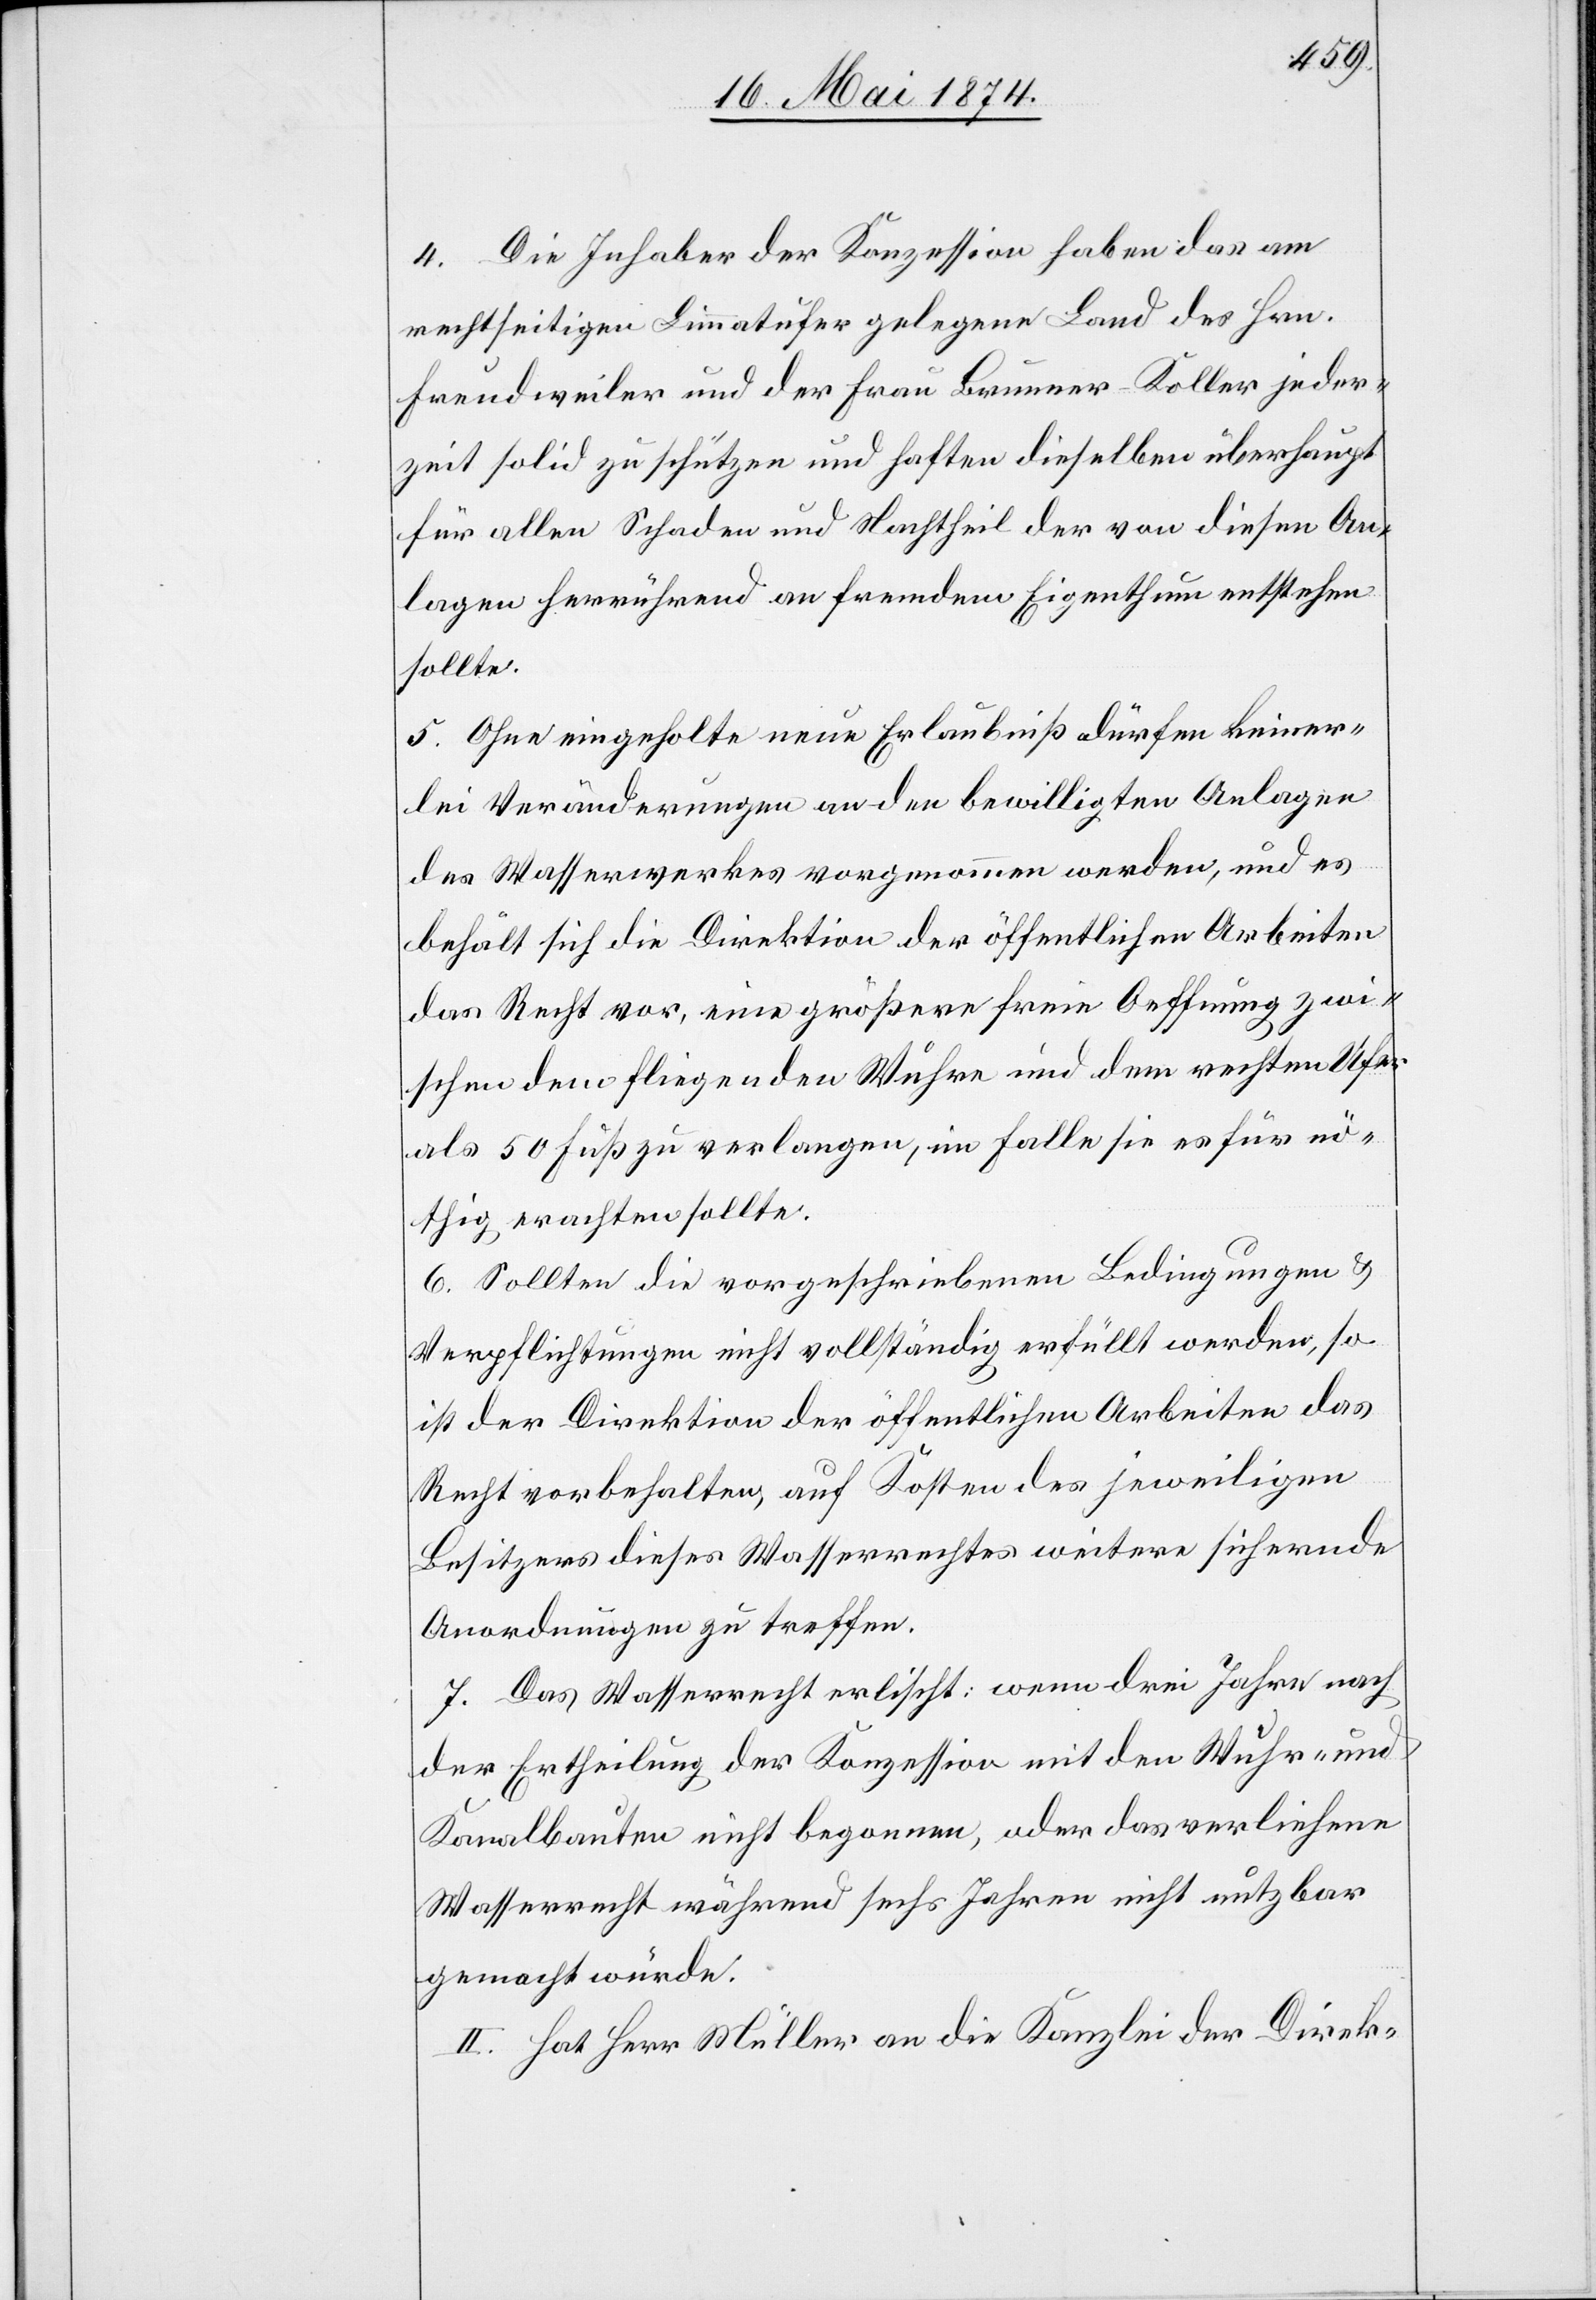
4. Die Inhaber der Konzession haben das am
rechtseitigen Limmatufer gelegene Land des Hrn.
Freudweiler und der Frau Brunner-Koller jeder¬
zeit solid zu schützen und haften dieselben überhaupt
für allen Schaden und Nachtheil der von diesen An¬
lagen herrührend an fremdem Eigenthum entstehen
sollte.
5. Ohne eingeholte neue Erlaubniß dürfen keiner¬
lei Veränderungen an den bewilligten Anlagen
des Wasserwerkes vorgenommen werden, und es
behält sich die Direktion der öffentlichen Arbeiten
das Recht vor, eine größere freie Oeffnung zwi¬
schen dem fliegenden Wuhre und dem rechten Ufer
als 50 Fuß zu verlangen, im Falle sie es für nö¬
thig erachten sollte.
6. Sollten die vorgeschriebenen Bedingungen u.
Verpflichtungen nicht vollständig erfüllt werden, so
ist der Direktion der öffentlichen Arbeiten das
Recht vorbehalten, auf Kosten des jeweiligen
Besitzers dieses Wasserrechtes weitere sichernde
Anordnungen zu treffen.
7. Das Wasserrecht erlischt: wenn drei Jahre nach
der Ertheilung der Konzession mit den Wuhr- und
Kanalbauten nicht begonnen, oder das verliehene
Wasserrecht während sechs Jahren nicht nutzbar
gemacht würde.
II. Hat Herr Müller an die Kanzlei der Direk-